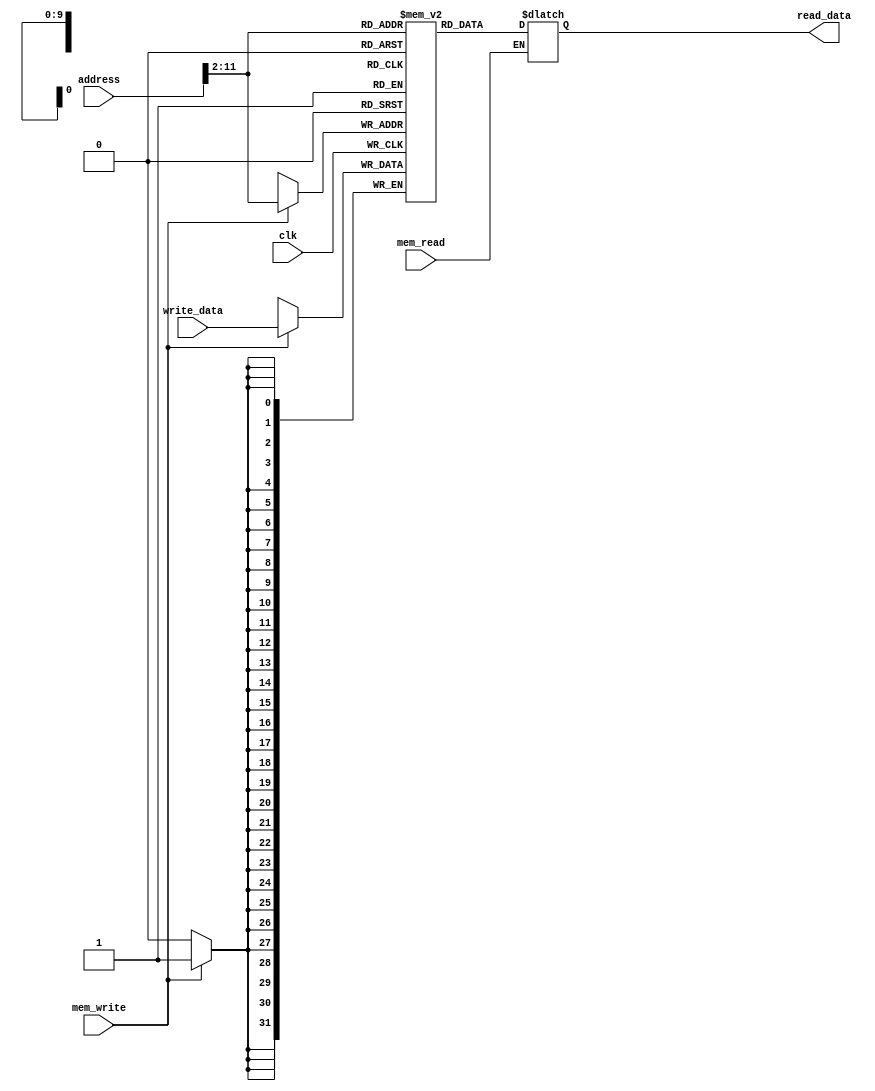
`timescale 1ns / 1ps

module data_memory(input clk,       
                   input mem_read,             //semnal de actvivare a citirii din memorie
                   input mem_write,            //semnal de activare a scrierii in memorie
                   input [31:0] address,       //adresa de scriere/citire
                   input [31:0] write_data,    //valoare scrisa in memorie
                   output reg [31:0] read_data //valoarea citita din memorie
                   );
                   
reg [31:0] dataMemory [0:1023];
wire [9:0] instruction_address = address[11:2];
integer i;

 initial begin
    for (i = 0; i< 1024; i = i + 1) begin 
        dataMemory[i] = 32'b0; 
    end
 end 
     
 always@(posedge clk) begin
    if(mem_write)
         dataMemory[instruction_address] <= write_data;
end
    
always@(*) begin
      if (mem_read) 
          read_data <= dataMemory[instruction_address];
end  
endmodule